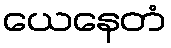
ယေနေတံ